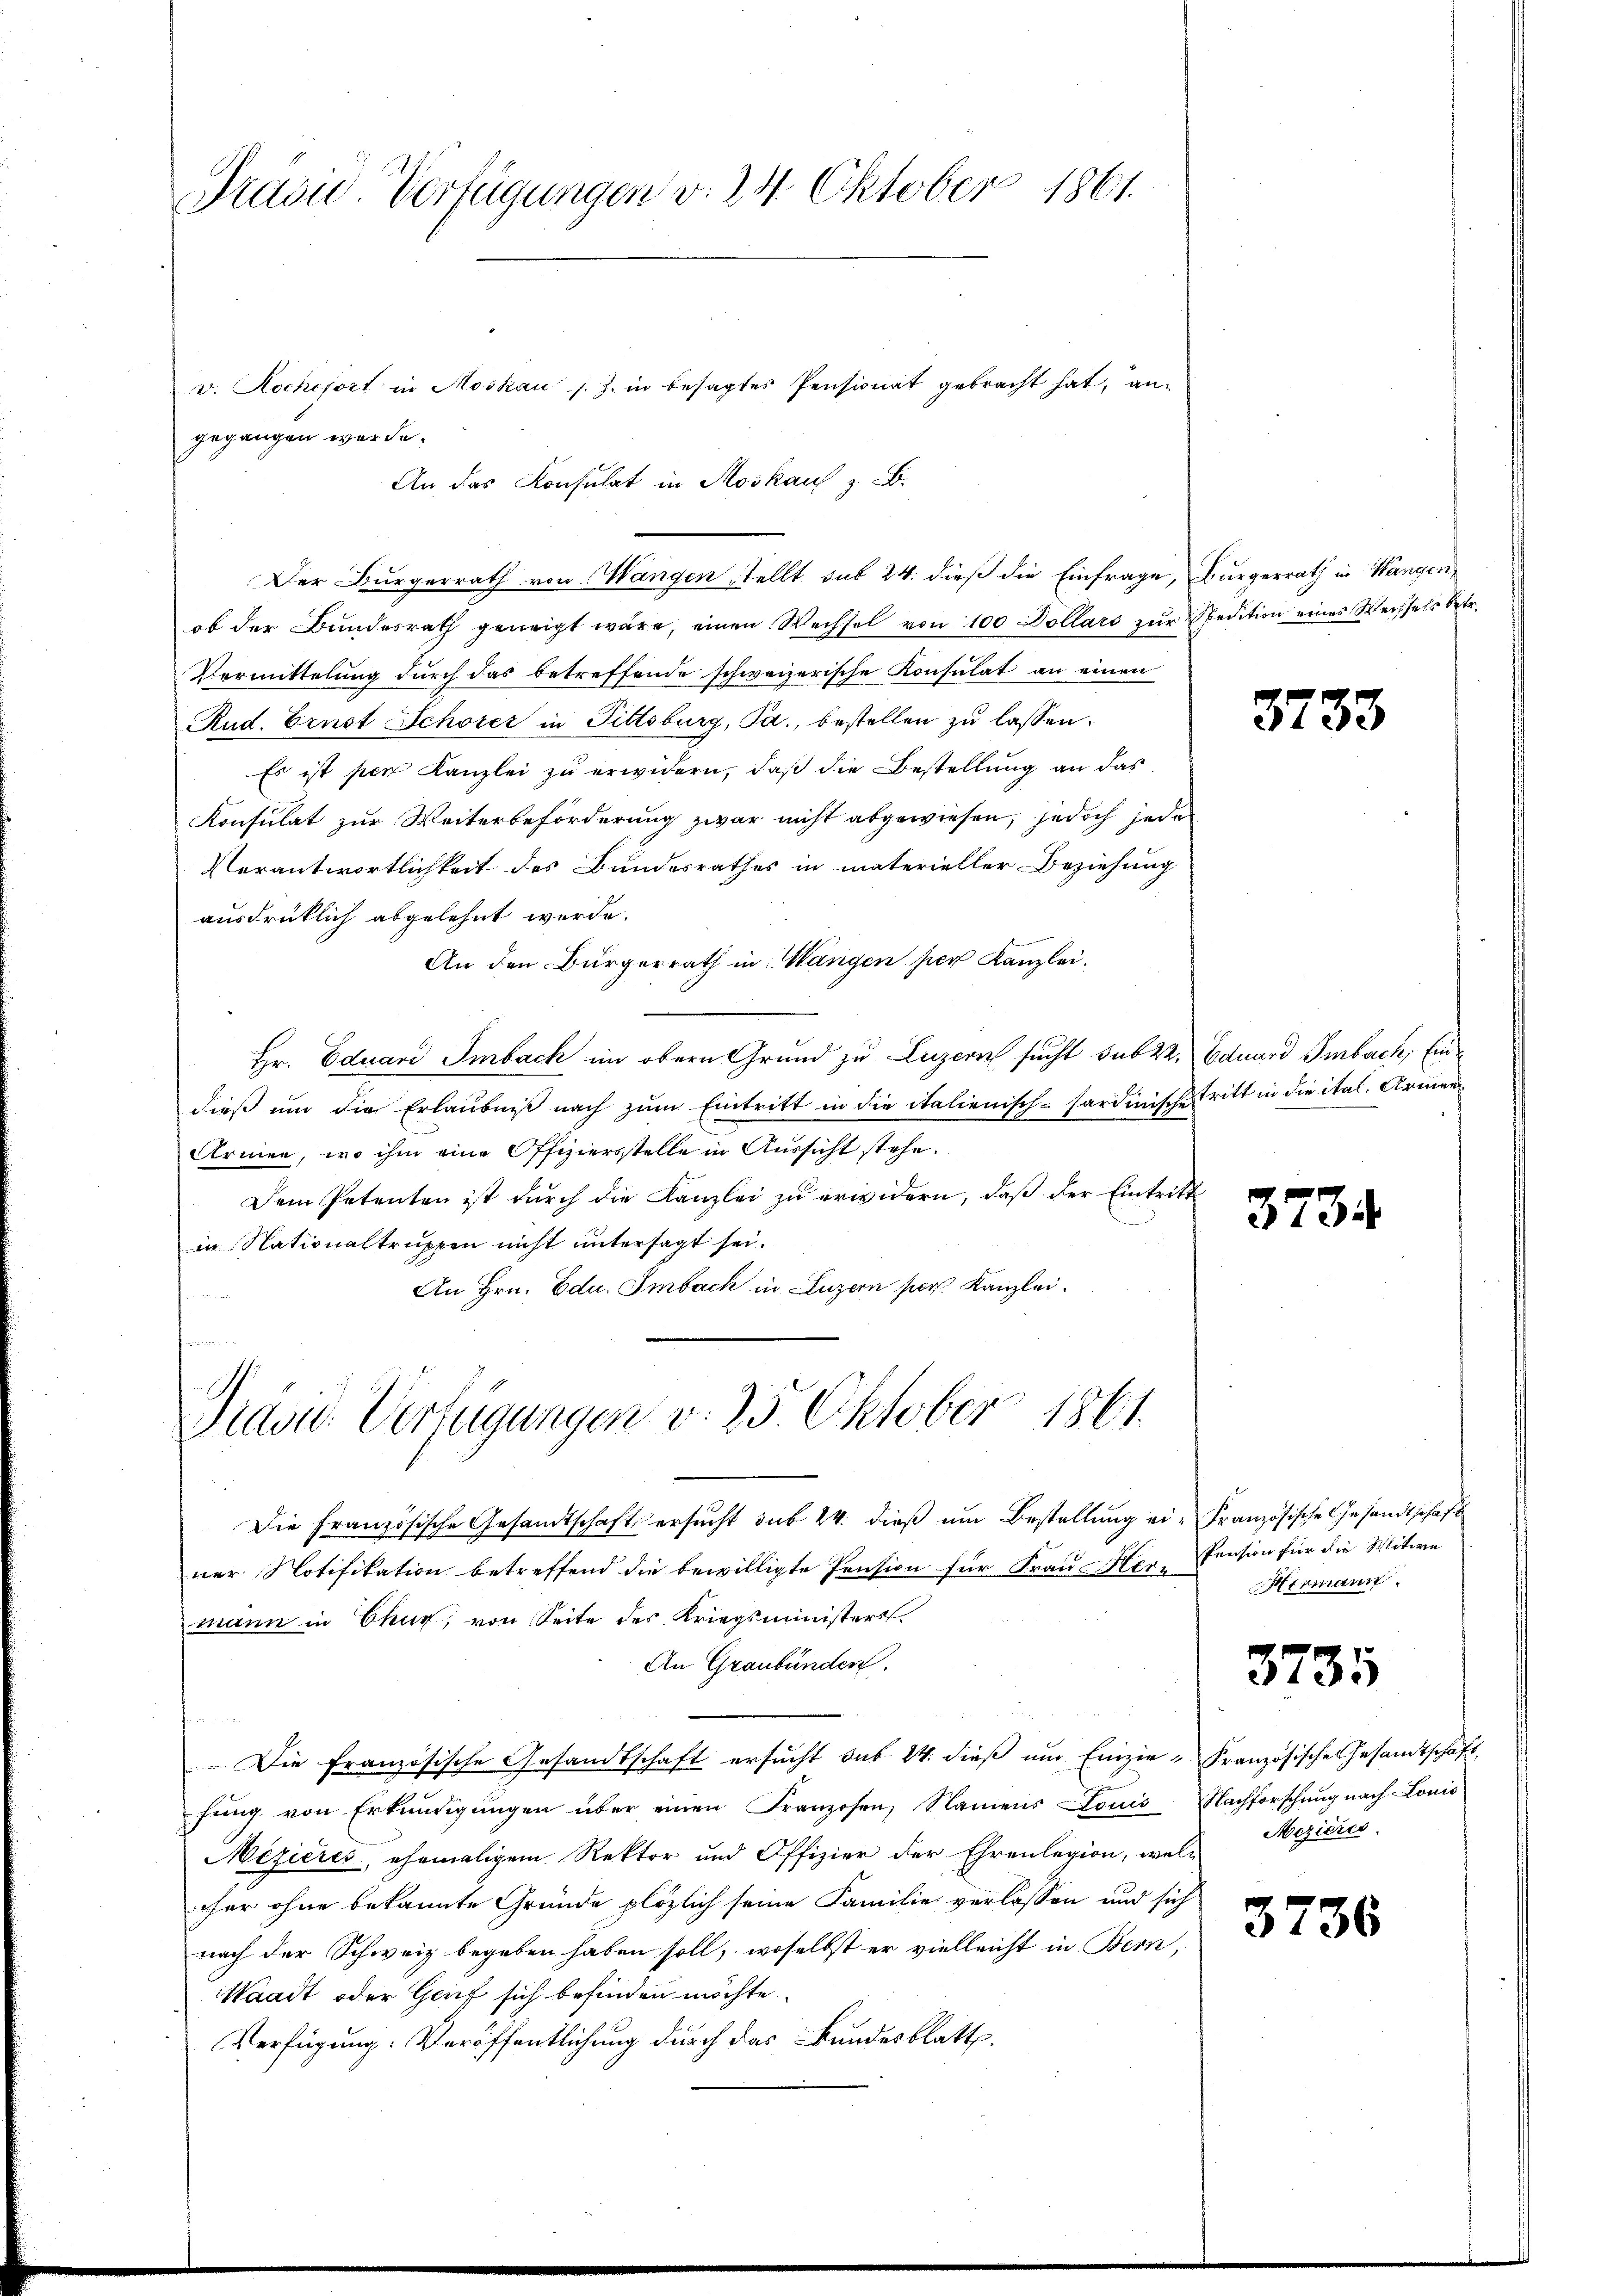
Präsid. Verfügungen v. 24. Oktober 1861.

v. Rochefort in Moskau s. Z. in besagtes Pensionat gebracht hat an-
gegangen werde.
An das Konsulat in Moskauf z. B.
Der Bürgerrath von Wangen stellt aus 24. dieß die Einfrage, Bürgerrath in Wangen,
ob der Bundesrath geweigt wäre, einen Wechsel von 100 Dollars zur Spedition eines Wechsels betr.
Vermittelung durch das betreffende schweizerische Konsulat an einen
Rud. Ernst Schorer in Pittsburg, Ta., bestellen zu lassen.
Es ist per Kanzlei zu erwidern, daß die Bestellung an das
Konsulat zur Weiterbeförderung zwar nicht abgewiesen, jedoch jede
Verantwortlichkeit des Bundesrathes in materieller Beziehung
ausdrücklich abgelehnt werde.
An den Bürgerrath in Wangen per Kanzlei.
Hr. Eduard Smbach im obern Grund zu Luzern sucht sub 22. Eduard Smbach, Eindieß um die Erlaubniß nach zum Eintritt in die italienisch-sardinische Tritt in die ital. Armen
Armen, wo ihm eine Offiziersstelle in Aussicht stehe.
Dem Petenten ist durch die Kanzlei zu erwidern, daß der Eintritt
in Nationaltruppen nicht untersagt sei.
An Hrn. Edu. Imbach in Luzern per Kanzlei.
s
Präsid. Verfügungen v. 25. Oktober 1861.
Die Französische Gesandtschaft ersŭcht sub 24. dieß um Bestellung ei-Französische Gesandtschaft
ner Notifikation betreffend die bewilligte Pension für Frau Herr
mann in Chur, von Seite des Kriegsministers
An Graubünden.
Die französische Gesandtschaft ersucht sub 24. dieß um Einzie- Französische Gesandtschaft,
fŭng von Erkundigŭngen über einen Franzosen, Namens Louis Nachforschŭng nach Lonić
Mezières, ehemaligem Rektor und Offizier der Ehrenlegion, wel-
cher ohne bekannte Gründe plözlich seine Familie verlassen und sich
nach der Schweiz begeben haben soll, woselbst er vielleicht in Bern,
Waadt oder Genf sich befinden möchte.
Verfügung. Veröffentlichung durch das Bundesblatt.

3733

3734

Pension für die Witwe
Hermann.

3735

Mezieres.

3736